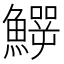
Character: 𩻙